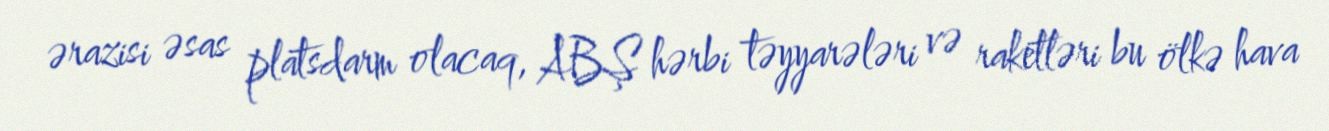
ərazisi əsas platsdarm olacaq, ABŞ hərbi təyyarələri və raketləri bu ölkə hava